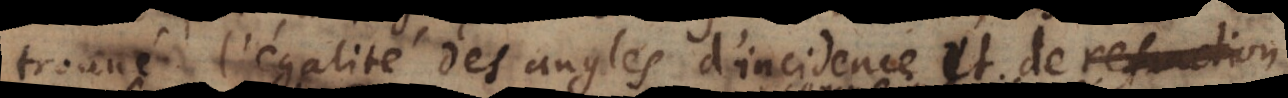
trouvé l’égalité des angles d’incidence et de reflexion